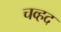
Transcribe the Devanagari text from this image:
चव्हद